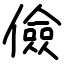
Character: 儉